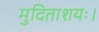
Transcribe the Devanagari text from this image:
मुदिताशयः।